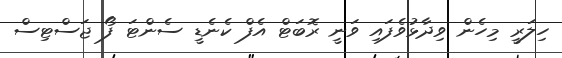
ހިލަރީ މިހެން ވިދާޅުވެފައި ވަނީ ރޮބަޓް އެފް ކެނެޑީ ސެންޓަ ފޯ ޖަސްޓިސް